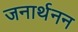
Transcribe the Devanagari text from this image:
जनार्थनन